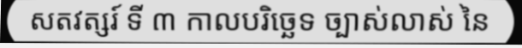
សតវត្សរ៍ ទី ៣ កាលបរិច្ឆេទ ច្បាស់លាស់ នៃ